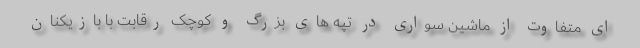
ای متفاوت از ماشین سواری در تپه های بزرگ و کوچک رقابت با بازیکنان